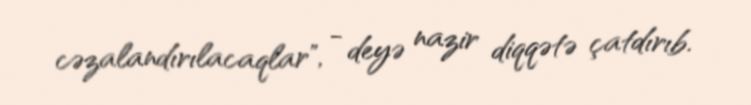
cəzalandırılacaqlar", - deyə nazir diqqətə çatdırıb.